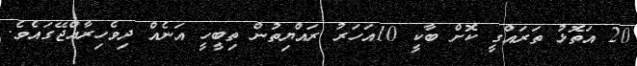
20 އަތޮޅު ތަރައްގީ ކޮށް ބާކީ 10އަހަރު ރައްޔިތުން ތިބީހީ އަނެއް ދިވެހިރާއްޖޭގައެވެ.